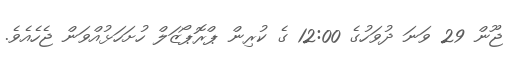
ޖޫން 29 ވަނަ ދުވަހުގެ 12:00 ގެ ކުރިން ޕްރޮޕޯޒަލް ހުށަހަޅުއްވަން ޖެހެއެވެ.